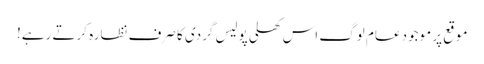
موقع پر موجود عام لوگ اس کھلی پولیس گردی کا صرف نظارہ کرتے رہے!